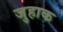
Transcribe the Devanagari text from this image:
जुहाक